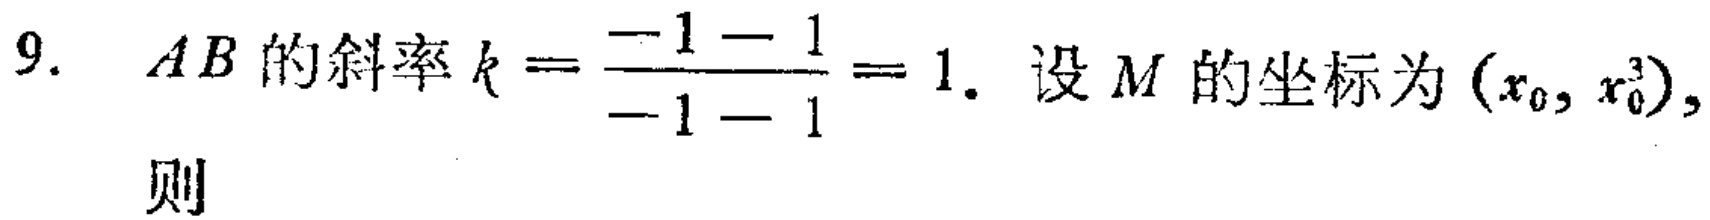
9. \(AB\)的斜率\(k = \frac{-1 - 1}{-1 - 1}=1\). 设\(M\)的坐标为\((x_0, x_0^3)\), 则